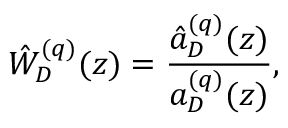
\hat { W } _ { D } ^ { ( q ) } ( z ) = \frac { \hat { a } _ { D } ^ { ( q ) } ( z ) } { a _ { D } ^ { ( q ) } ( z ) } ,